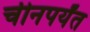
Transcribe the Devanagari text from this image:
चीनपर्यंत